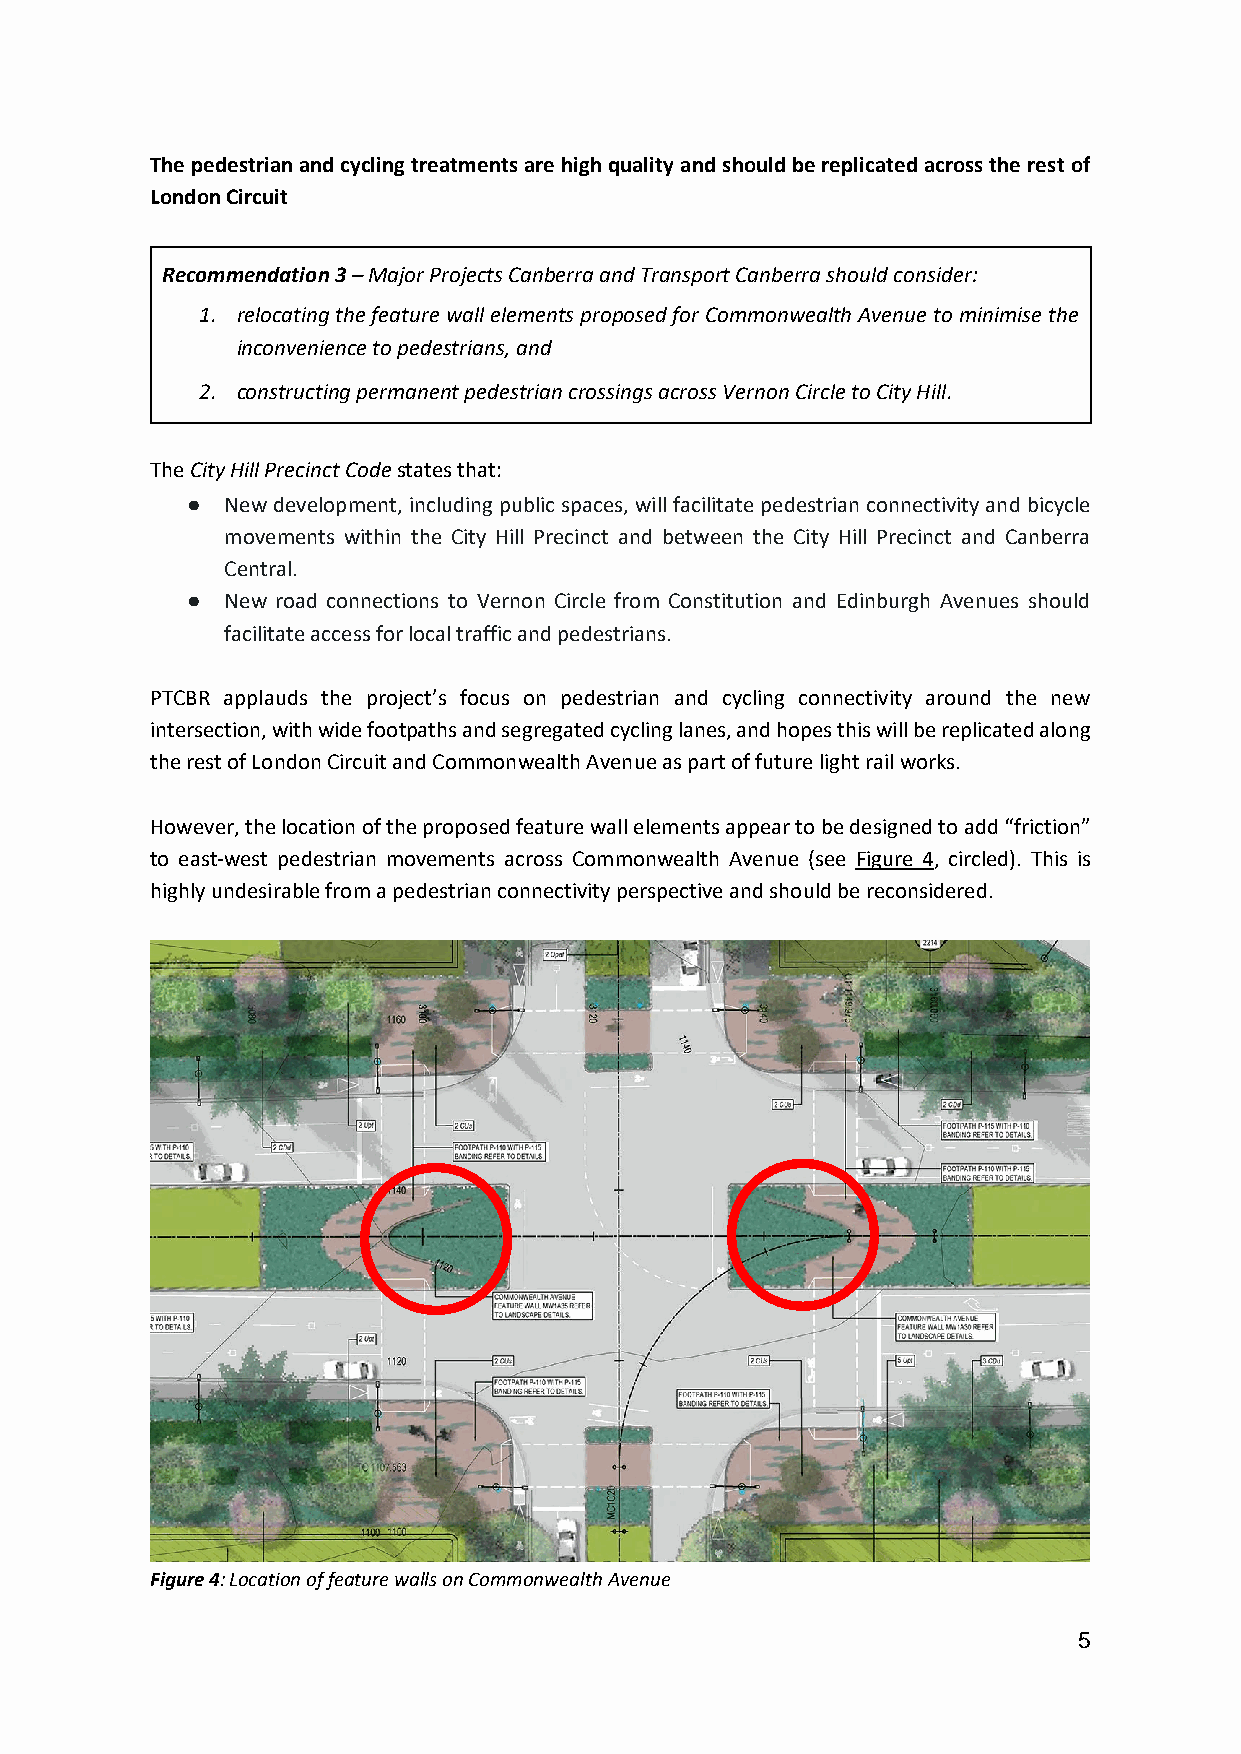
The pedestrian and cycling treatments are high quality and should be replicated across the rest of
 London Circuit
 Recommendation 3 – Major Projects Canberra and Transport Canberra should consider:
 1. relocating the feature wall elements proposed for Commonwealth Avenue to minimise the
 inconvenience to pedestrians, and
 2. constructing permanent pedestrian crossings across Vernon Circle to City Hill.
 The City Hill Precinct Code states that:
 ●  New development, including public spaces, will facilitate pedestrian connectivity and bicycle
 movements within the City Hill Precinct and between the City Hill Precinct and Canberra
 Central.
 ●  New road connections to Vernon Circle from Constitution and Edinburgh Avenues should
 facilitate access for local traffic and pedestrians.
 PTCBR applauds the project’s focus on pedestrian and cycling connectivity around the new
 intersection, with wide footpaths and segregated cycling lanes, and hopes this will be replicated along
 the rest of London Circuit and Commonwealth Avenue as part of future light rail works.
 However, the location of the proposed feature wall elements appear to be designed to add “friction”
 to east-west pedestrian movements across Commonwealth Avenue (see Figure 4, circled). This is
 highly undesirable from a pedestrian connectivity perspective and should be reconsidered.
 Figure 4: Location of feature walls on Commonwealth Avenue
 5